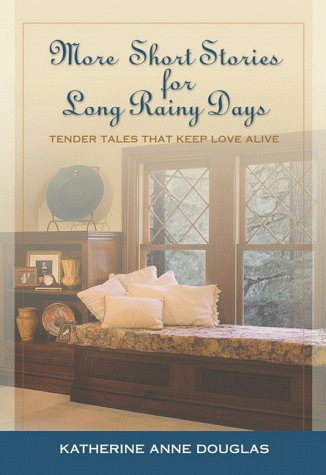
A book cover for More Short Stories for Long Rainy Days: Simple Tales of Life and Love; Katherine Anne Douglas; Religion & Spirituality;